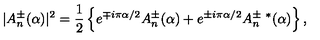
| A _ { n } ^ { \pm } ( \alpha ) | ^ { 2 } = { \frac { 1 } { 2 } } \left\{ e ^ { \mp i \pi \alpha / 2 } A _ { n } ^ { \pm } ( \alpha ) + e ^ { \pm i \pi \alpha / 2 } A _ { n } ^ { \pm \ * } ( \alpha ) \right\} ,